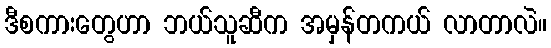
ဒီစကားတွေဟာ ဘယ်သူဆီက အမှန်တကယ် လာတာလဲ။